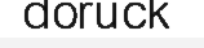
doruck